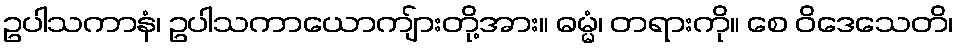
ဥပါသကာနံ၊ ဥပါသကာယောကျ်ားတို့အား။ ဓမ္မံ၊ တရားကို။ စေ ဝိဒေသေတိ၊